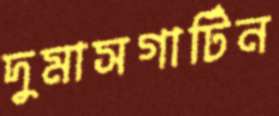
দুমাসগার্টিন